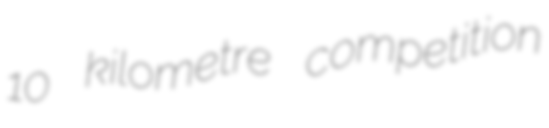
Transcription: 10 kilometre competition